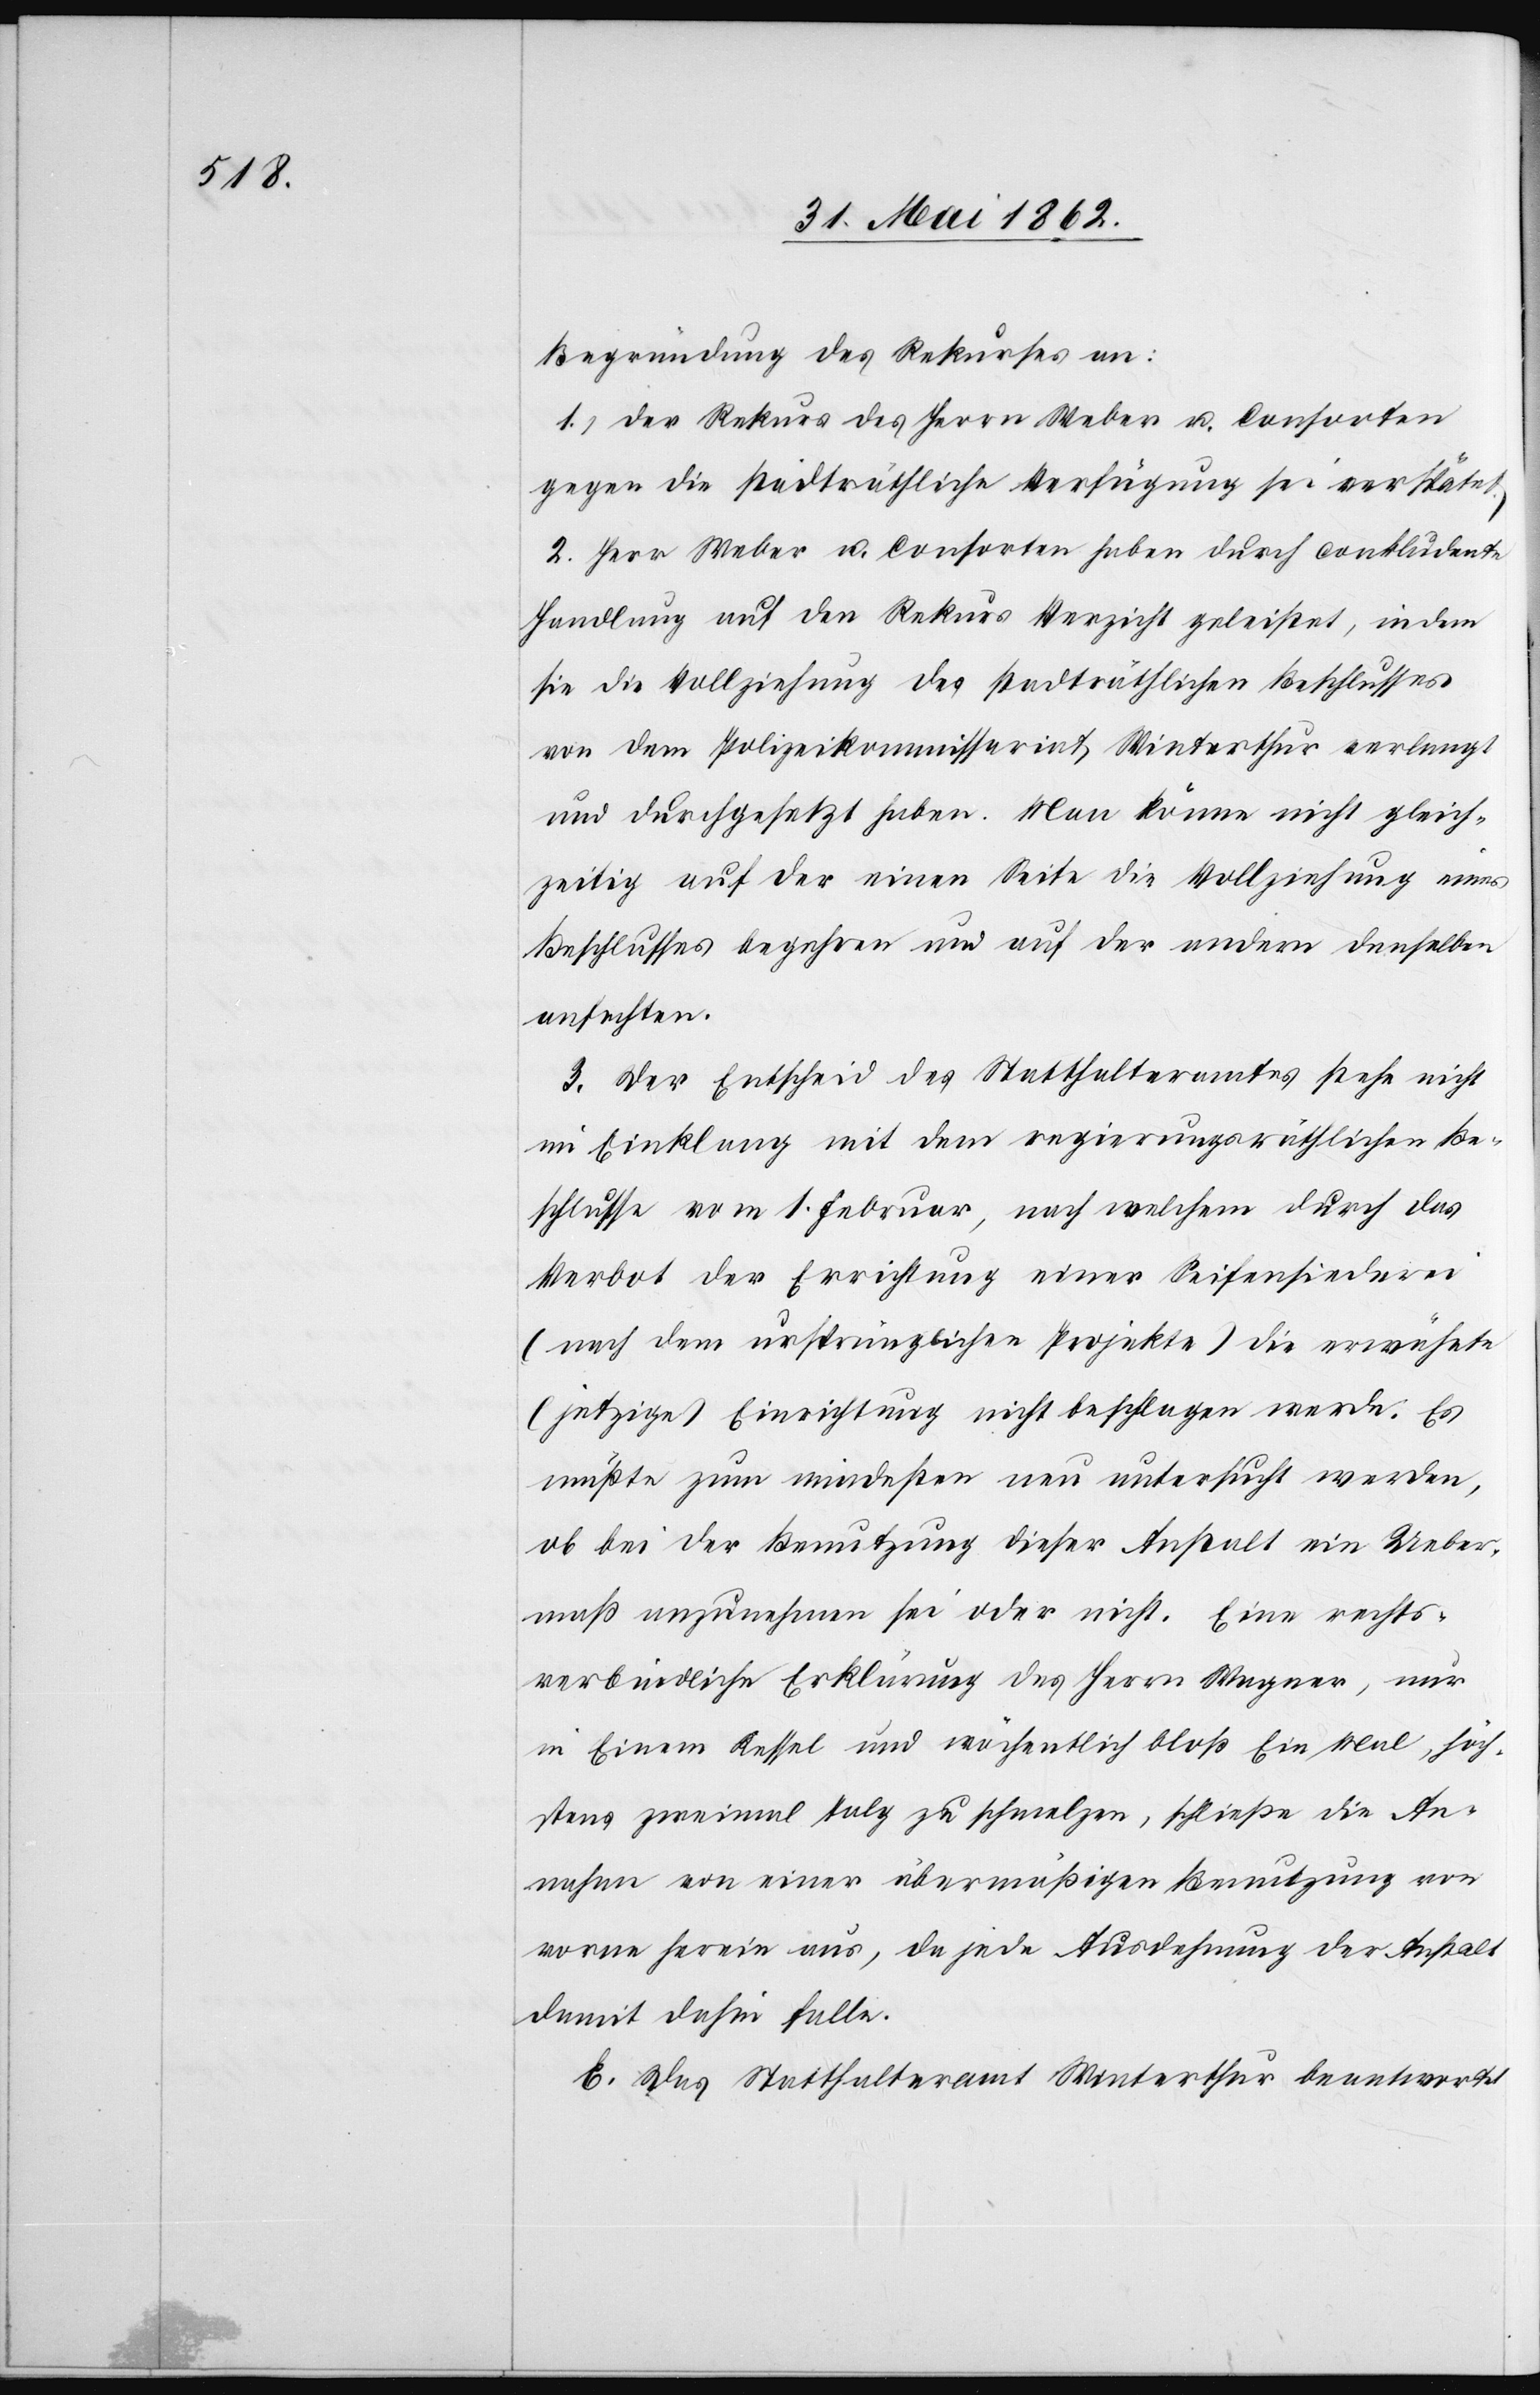
Begründung des Rekurses an:
1. Der Rekurs des Herrn Weber u. Consorten
gegen die stadträthlichen Verfügungen sei verspätet.
2. Herr Weber u. Consorten haben durch conkludente
Handlung auf den Rekurs Verzicht geleistet, in dem
sie die Vollziehung des stadträthlichen Beschlusses
von dem Polizeikommissariat Winterthur verlangt
und durchgesetzt haben. Man könne nicht gleich¬
zeitig auf der einen Seite die Vollziehung eines
Beschlusses begehren und auf der andern denselben
anfechten.
3. Der Entscheid des Statthalteramtes stehe nicht
im Einklang mit dem regierungsräthlichen Be¬
schlusse vom 1. Februar, nach welchem durch das
Verbot der Errichtung einer Seifensiederei
(nach dem ursprünglichen Projekte) die erwähnte
(jetzige) Einrichtung nicht beschlagen werde. Es
müßte zum mindesten neu untersucht werden,
ob bei der Benutzung dieser Anstalt ein Ueber¬
maß anzunehmen sei oder nicht. Eine rechts¬
verbindliche Erklärung des Herrn Wagner, nur
in Einem Kessel und wöchentlich bloß Ein Mal, höch¬
stens zweimal Talg zu schmelzen, schließe die An¬
nahme von einer übermäßigen Benutzung von
vorne herein aus, da jede Ausdehnung der Anstalt
damit dahin falle.
E. Das Statthalteramt Winterthur beantwortet